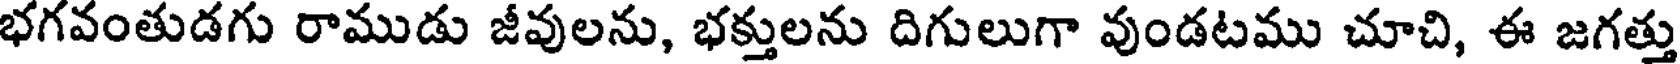
భగవంతుడగు రాముడు జీవులను, భక్తులను దిగులుగా వుండటము చూచి, ఈ జగత్తు